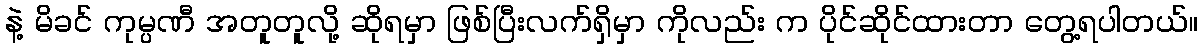
နဲ့ မိခင် ကုမ္ပဏီ အတူတူလို့ ဆိုရမှာ ဖြစ်ပြီးလက်ရှိမှာ ကိုလည်း က ပိုင်ဆိုင်ထားတာ တွေ့ရပါတယ်။